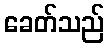
ခေတ်သည်